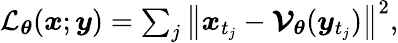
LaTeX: \begin{array}{r}{\mathcal{L}_{\boldsymbol{\theta}}(\boldsymbol{x};\boldsymbol{y})=\sum_{j}\left\lVert\boldsymbol{x}_{t_{j}}-\boldsymbol{\mathcal{V}}_{\boldsymbol{\theta}}(\boldsymbol{y}_{t_{j}})\right\rVert^{2},}\end{array}